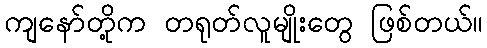
ကျနော်တို့က တရုတ်လူမျိုးတွေ ဖြစ်တယ်။